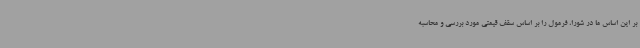
بر این اساس ما در شورا، فرمول را بر اساس سقف قیمتی مورد بررسی و محاسبه